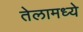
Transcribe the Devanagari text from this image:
तेलामध्ये